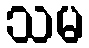
သမ